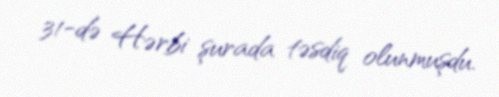
31-də Hərbi şurada təsdiq olunmuşdu.